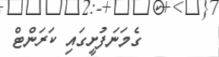
ގެމަނަފުށީގައި ކަރަންޓް